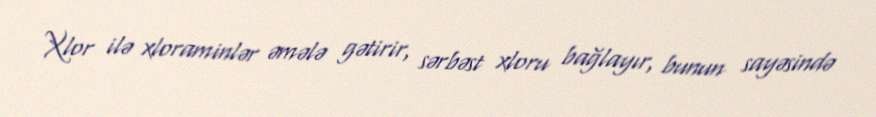
Xlor ilə xloraminlər əmələ gətirir, sərbəst xloru bağlayır, bunun sayəsində